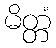
မိတ္တံ